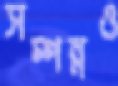
সম্পন্নও